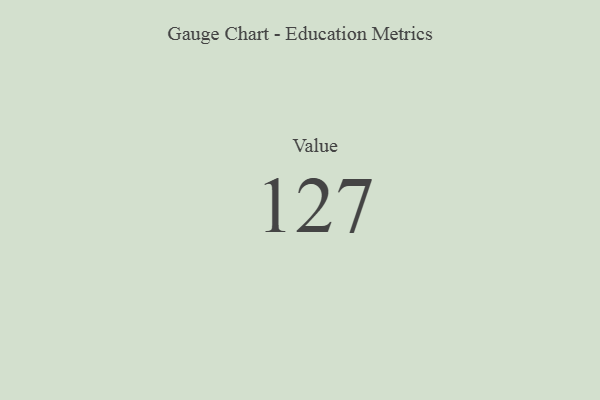
{"axis": {"x": "Metric", "y": "Value"}, "legend": [""], "data": [{"x": "Value", "y": 127, "type": ""}]}